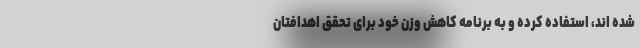
شده اند، استفاده کرده و به برنامه کاهش وزن خود برای تحقق اهدافتان